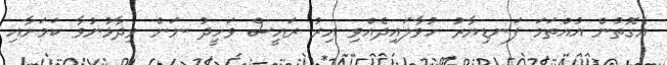
އެގޮތުން އުއްތަމަ ފަނޑިޔާރު ހުވާލައިދެއްވި އިރު ރައީސް ވަހީދު ނަން ވިދާޅުނުވާ ކަމަށާއި